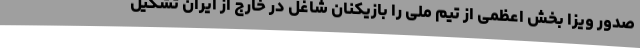
صدور ویزا بخش اعظمی از تیم ملی را بازیکنان شاغل در خارج از ایران تشکیل